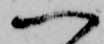
一